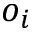
o _ { i }